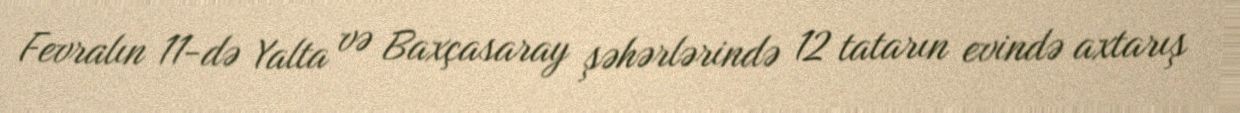
Fevralın 11-də Yalta və Baxçasaray şəhərlərində 12 tatarın evində axtarış